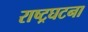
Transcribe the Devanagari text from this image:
राष्ट्रघटना